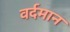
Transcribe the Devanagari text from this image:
वर्दमान